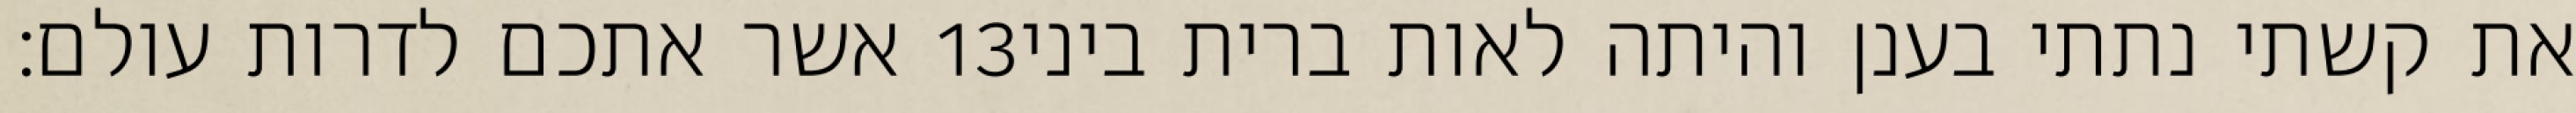
אשר אתכם לדרות עולם׃ ‎13‏ את קשתי נתתי בענן והיתה לאות ברית ביני